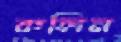
রুলিন